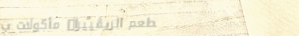
مطعم الريڤييرا: مأكولات ب